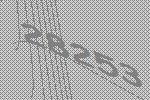
28253